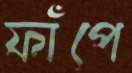
ফাঁপে